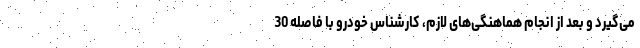
می‌گیرد و بعد از انجام هماهنگی‌های لازم، کارشناس خودرو با فاصله 30